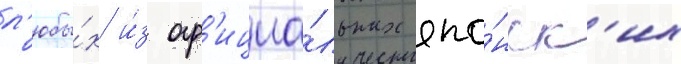
л'юбы́х и́з оф'ициа́льных япо́нск'их